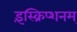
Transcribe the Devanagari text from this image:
इंस्क्रिप्शनम्